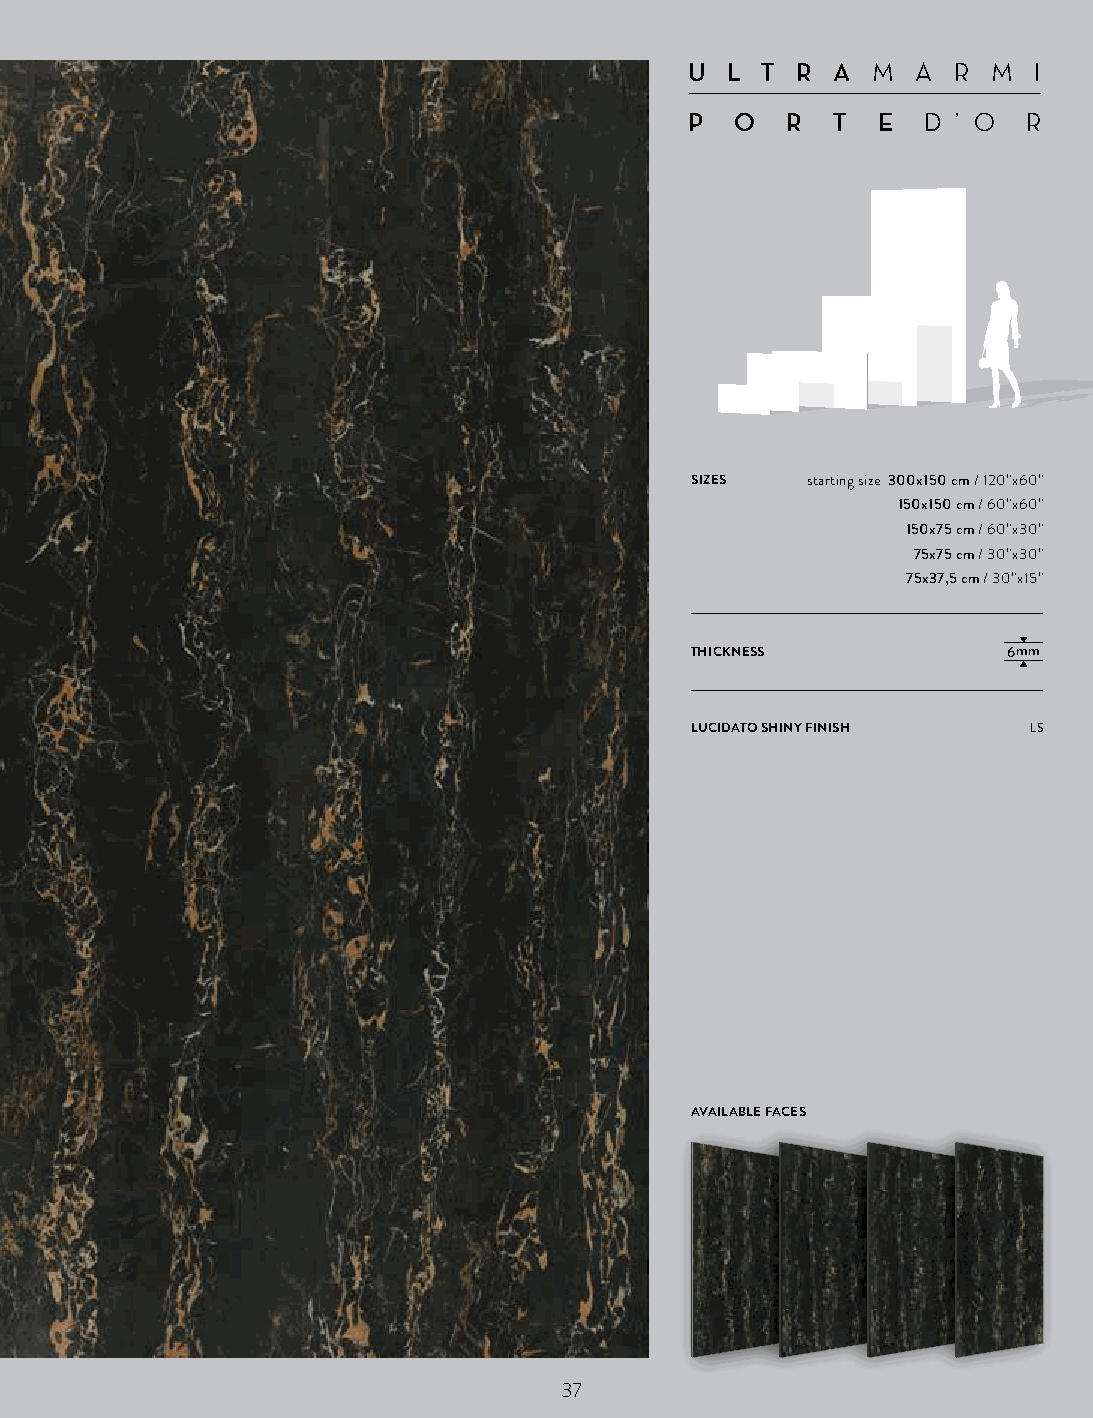
U L T  R AM  A  R M  I
 P  O  R  T  ED ’ O  R
 SIZES  starting size 300x150 cm / 120”x60”
 150x150 cm / 60”x60”
 150x75 cm / 60”x30”
 75x75 cm / 30”x30”
 75x37,5 cm / 30”x15”
 THICKNESS            6mm
 LUCIDATO SHINY FINISH LS
 AVAILABLE FACES
 37